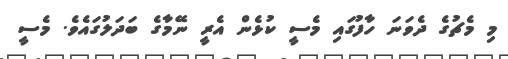
މި މެޗުގެ ދެވަނަ ހާފުގައި މެސީ ކުޅެން އެރީ ނޭމާގެ ބަދަލުގައެވެ. މެސީ